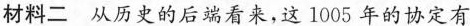
材料二从历史的后端看来，这1005年的协定有